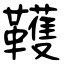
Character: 韄